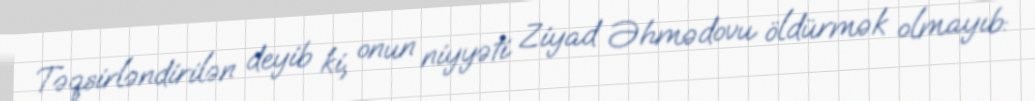
Təqsirləndirilən deyib ki, onun niyyəti Ziyad Əhmədovu öldürmək olmayıb: